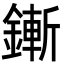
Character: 鏩